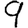
Digit: 9